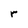
Character: r